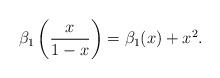
LaTeX: \begin{align*}\beta_{1} \left( \frac{x}{1-x} \right) = \beta_{1}(x) +x^{2}. \end{align*}